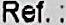
REF. :